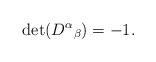
LaTeX: \begin{align*}\det(D^\alpha{}_\beta)=-1.\end{align*}